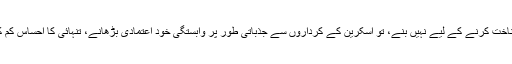
تحقیق میں بتایا گیا کہ انسانی دماغ حقیقی یا افسانوی رشتوں کو شناخت کرنے کے لیے نہیں بنے، تو اسکرین کے کرداروں سے جذباتی طور پر وابستگی خود اعتمادی بڑھانے، تنہائی کا احساس کم کرنے اور کسی کے ساتھ جڑنے جیسے احساسات کو بڑھاتی ہے۔